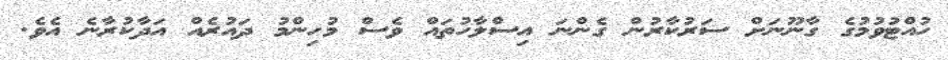
ހުއްޓުވުމުގެ ގާނޫނަށް ސަރުކާރުން ގެންނަ އިސްލާހުތައް ވެސް މުހިންމު ދައުރެއް އަދާކުރާނެ އެވެ.